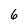
Character: 6